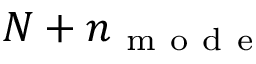
N + n _ { \mathrm { ~ m ~ o ~ d ~ e ~ } }